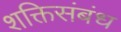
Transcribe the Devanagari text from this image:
शक्तिसंबंध